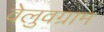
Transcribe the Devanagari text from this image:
वेलुवग्राम